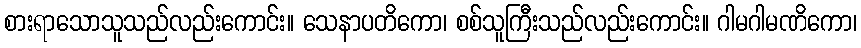
စားရာသောသူသည်လည်းကောင်း။ သေနာပတိကော၊ စစ်သူကြီးသည်လည်းကောင်း။ ဂါမဂါမဏိကော၊